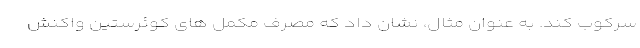
سرکوب کند. به عنوان مثال، نشان داد که مصرف مکمل های کوئرستین واکنش